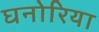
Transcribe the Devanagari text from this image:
घनोरिया